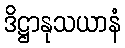
ဒိဋ္ဌာနုသယာနံ